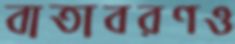
বাতাবরণও